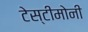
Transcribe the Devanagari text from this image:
टेस्टीमोनी